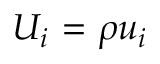
{ { U } _ { i } } \mathrm { ~ = ~ } \rho { { u } _ { i } }